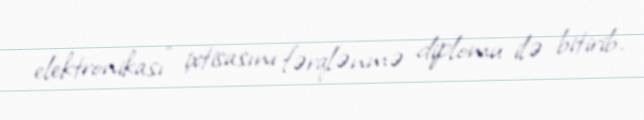
elektronikası” ixtisasını fərqlənmə diplomu ilə bitirib.